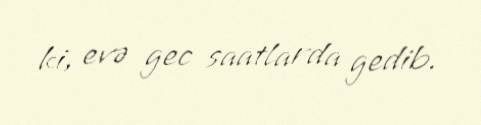
ki, evə gec saatlarda gedib.